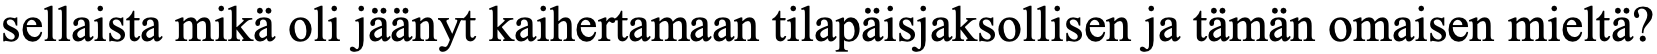
sellaista mikä oli jäänyt kaihertamaan tilapäisjaksollisen ja tämän omaisen mieltä?